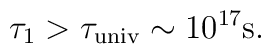
\tau_1 > \tau_{\mathrm{univ}} \sim 10^{17} \mathrm{s}.